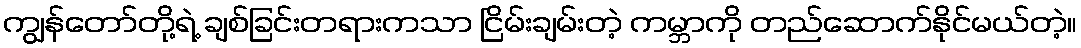
ကျွန်တော်တို့ရဲ့ ချစ်ခြင်းတရားကသာ ငြိမ်းချမ်းတဲ့ ကမ္ဘာကို တည်ဆောက်နိုင်မယ်တဲ့။